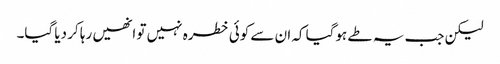
لیکن جب یہ طے ہوگیا کہ ان سے کوئی خطرہ نہیں تو انھیں رہا کر دیا گیا۔